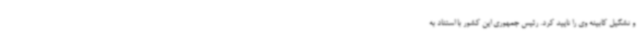
و تشکیل کابینه وی را تایید کرد. رئیس جمهوری این کشور با استناد به